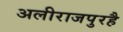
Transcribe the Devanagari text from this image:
अलीराजपुरहै